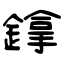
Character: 鎿